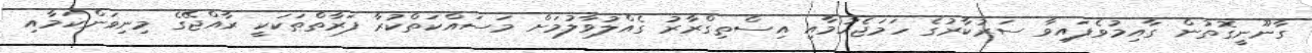
ގާނޫނީގޮތުން ގާއިމުވެފައިވާ ސަރުކާރުގެ ހަމަޖެހުމާއި އިސްތިގްރާރު ގެއްލުވާލުމަށް މަސައްކަތްކުރާ ފަރާތްތަކަކީ ރާއްޖޭގެ މިނިވަންކަމާއި